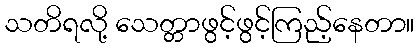
သတိရလို့ သေတ္တာဖွင့်ဖွင့်ကြည့်နေတာ။